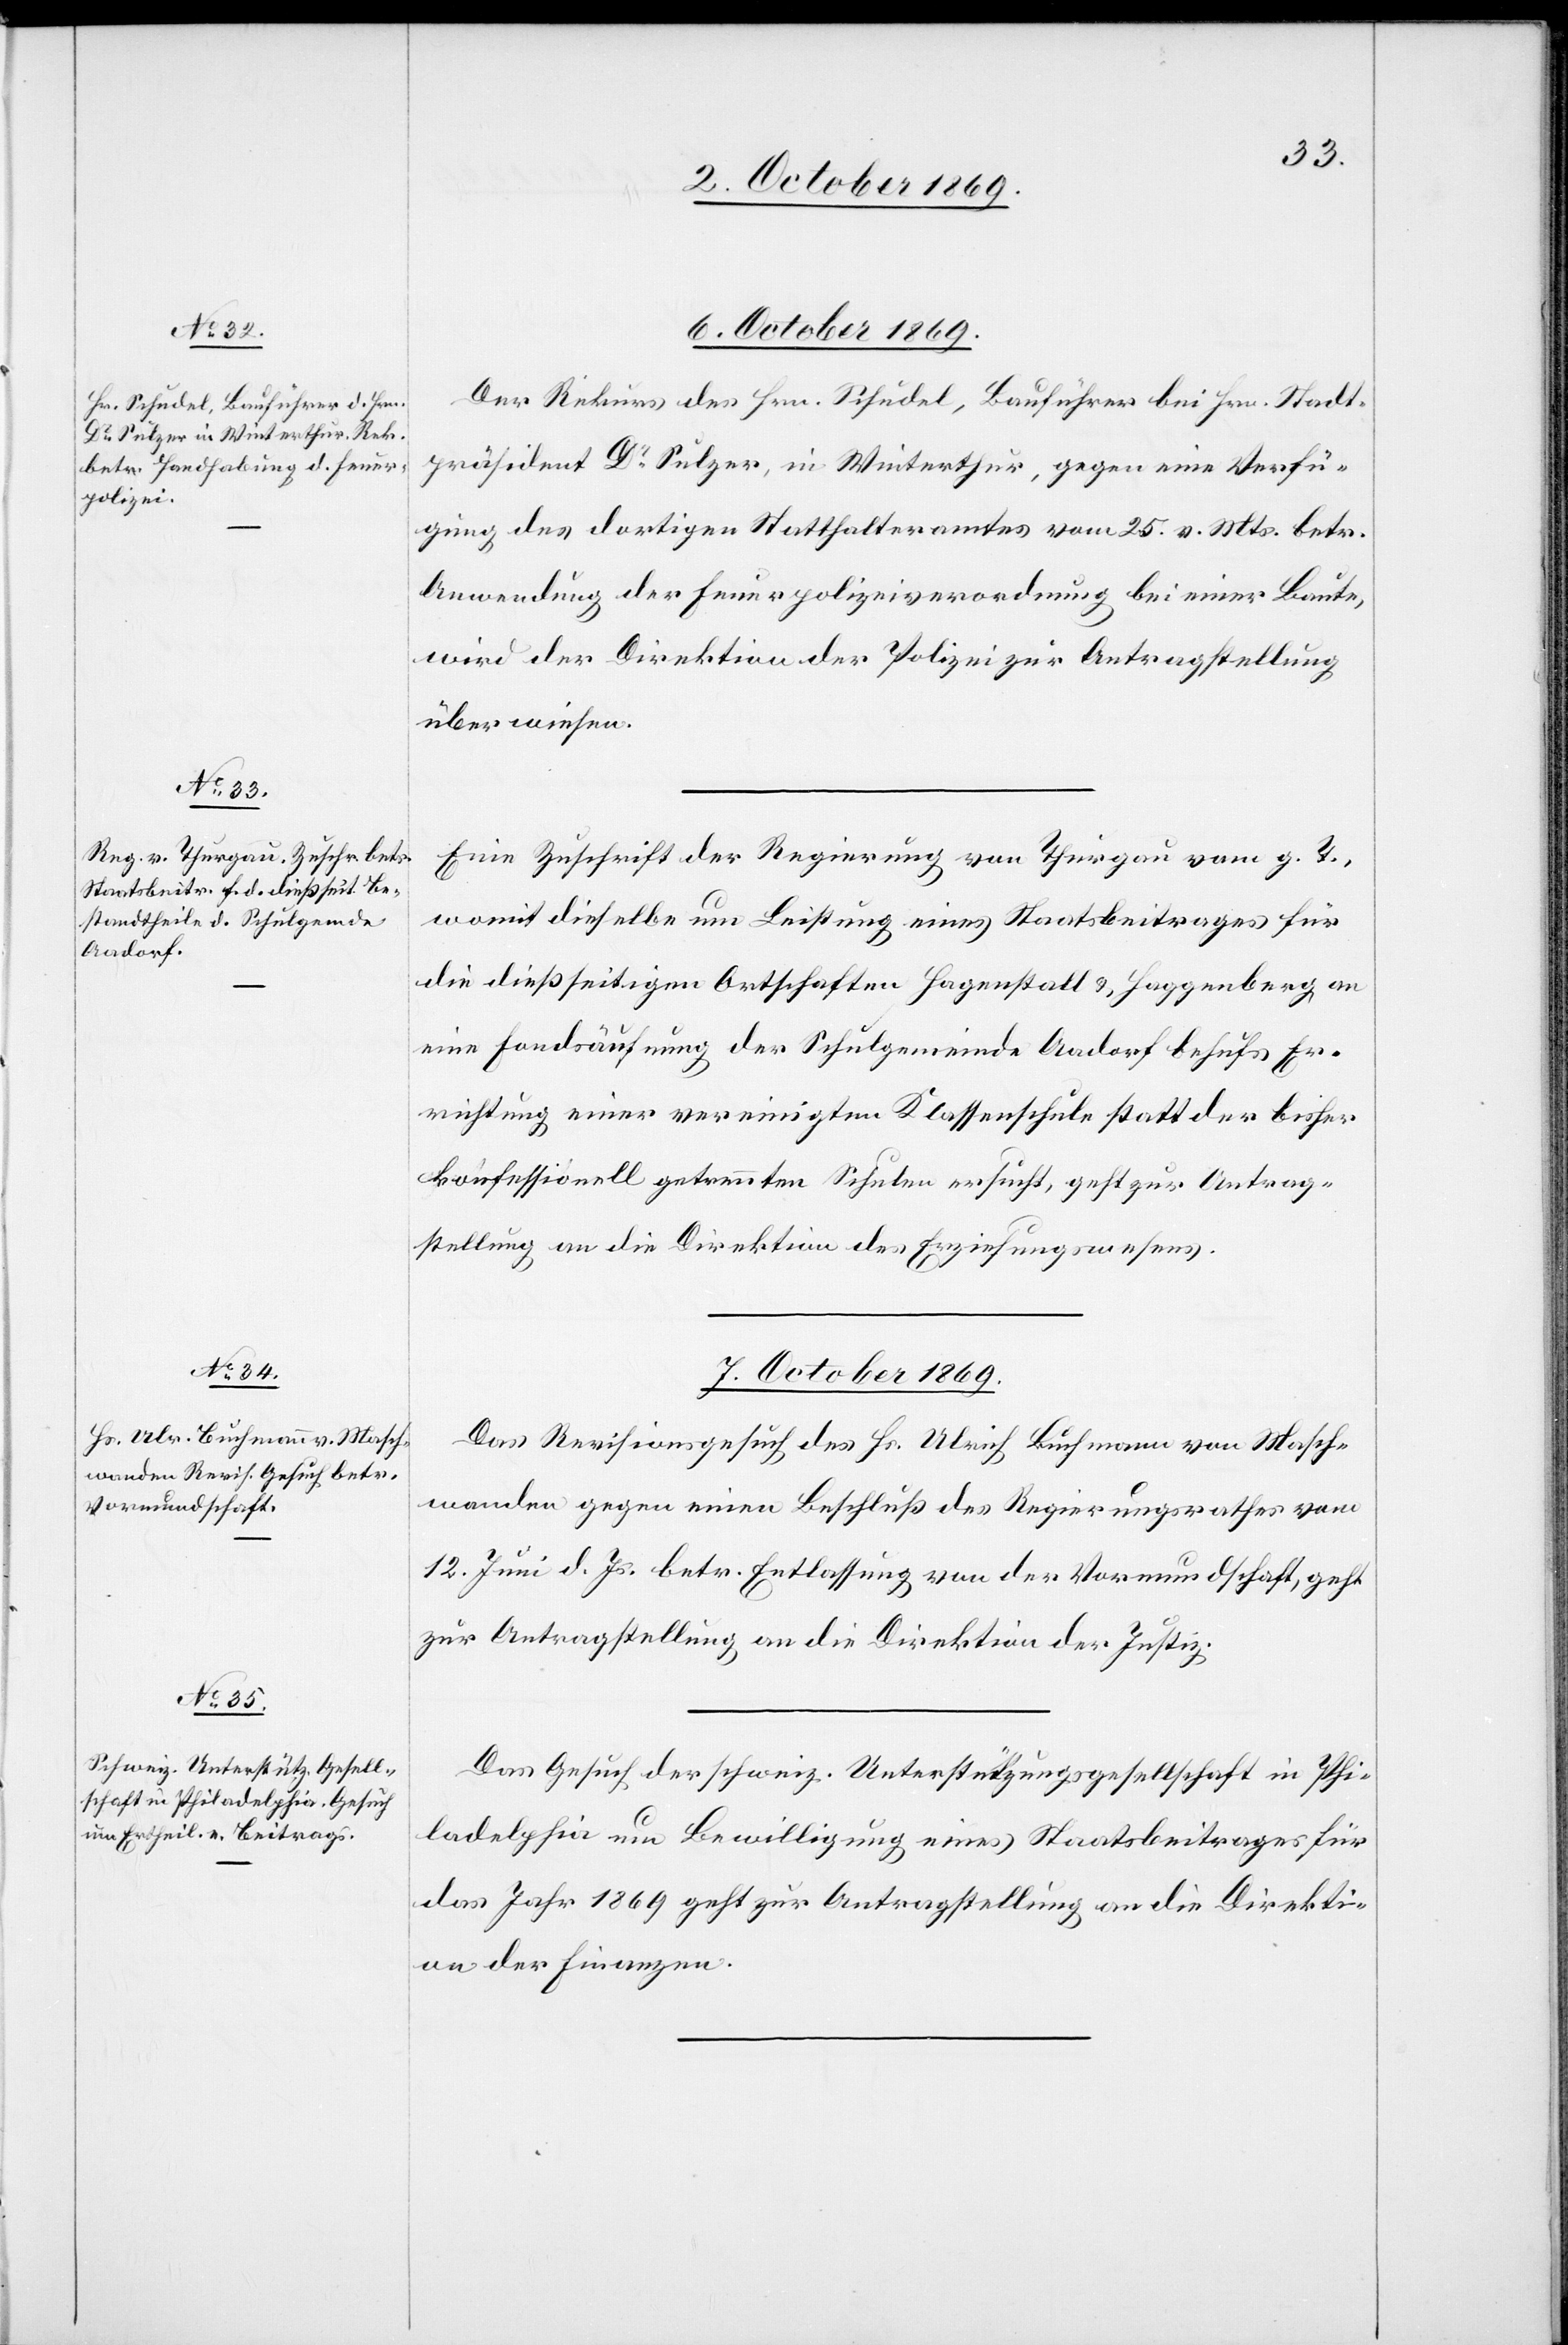
6. October 1869.]
Der Rekurs des Hrn. Schudel, Bauführer bei Hrn. Stadt¬
präsident Dr Sulzer, in Winterthur, gegen eine Verfü¬
gung des dortigen Statthalteramtes vom 25. v. Mts. betr.
Anwendung der Feuerpolizeiverordnung bei einer Baute,
wird der Direktion der Polizei zur Antragstellung
überwiesen.
Eine Zuschrift der Regierung von Thurgau vom g. T.,
womit dieselbe um Leistung eines Staatsbeitrages für
die dießseitigen Ortschaften Hagenstall & Haggenberg an
eine Fondsäufnung der Schulgemeinde Aadorf behufs Er¬
richtung einer vereinigten Klassenschule statt der bisher
konfessionell getrennten Schulen ersucht, geht zur Antrag¬
stellung an die Direktion des Erziehungswesens.
7. October 1869.]
Das Revisionsgesuch des Hs. Ulrich Buchmann von Masch¬
wanden gegen einen Beschluß des Regierungsrathes vom
12. Juni d. Js. betr. Entlassung von der Vormundschaft, geht
zur Antragstellung an die Direktion der Justiz.
Das Gesuch der schweiz. Unterstützungsgesellschaft in Phi¬
ladelphia um Bewilligung eines Staatsbeitrages für
das Jahr 1869 geht zur Antragstellung an die Direkti¬
on der Finanzen.